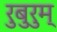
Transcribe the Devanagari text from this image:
रुबुरुम्